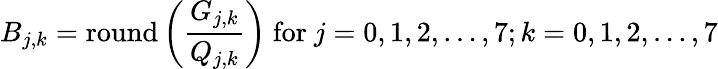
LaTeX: B_{j,k}=\mathrm{round}\left({\frac{G_{j,k}}{Q_{j,k}}}\right){\mathrm{~for~}}j=0,1,2,\ldots,7;k=0,1,2,\ldots,7